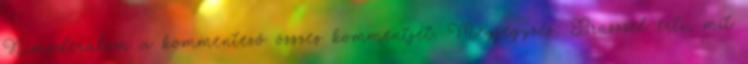
Kimoderálom a kommentező összes kommentjét. Megjegyzés: Brüsszel érti, mit